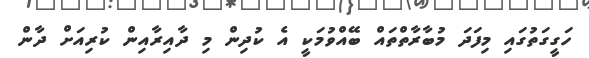
ހަގީގަތުގައި މިފަދަ މުބާރާތްތައް ބޭއްވުމަކީ އެ ކުދިން މި ދާއިރާއިން ކުރިއަށް ދާން